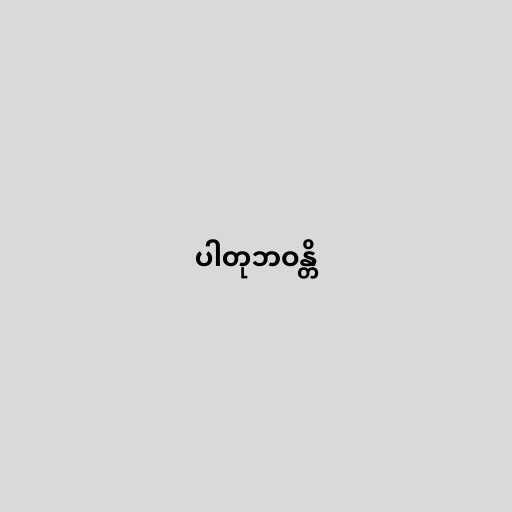
ပါတုဘဝန္တိ